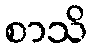
စာသိ